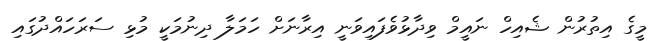
މީގެ އިތުރުން ޝެއިހް ނައީމް ވިދާޅުވެފައިވަނީ އިރާނަށް ހަމަލާ ދިނުމަކީ މުޅި ސަރަހައްދުގައި